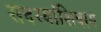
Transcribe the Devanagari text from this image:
सदस्यांशिवाय